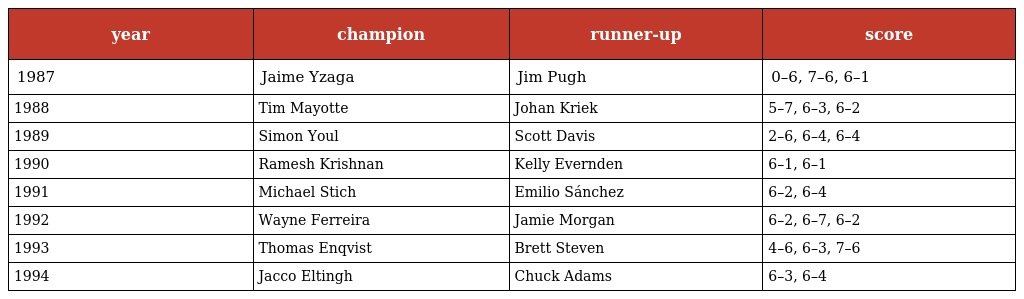
| year | champion | runner-up | score |
 | --- | --- | --- | --- |
 | 1987 | Jaime Yzaga | Jim Pugh | 0–6, 7–6, 6–1 |
 | 1988 | Tim Mayotte | Johan Kriek | 5–7, 6–3, 6–2 |
 | 1989 | Simon Youl | Scott Davis | 2–6, 6–4, 6–4 |
 | 1990 | Ramesh Krishnan | Kelly Evernden | 6–1, 6–1 |
 | 1991 | Michael Stich | Emilio Sánchez | 6–2, 6–4 |
 | 1992 | Wayne Ferreira | Jamie Morgan | 6–2, 6–7, 6–2 |
 | 1993 | Thomas Enqvist | Brett Steven | 4–6, 6–3, 7–6 |
 | 1994 | Jacco Eltingh | Chuck Adams | 6–3, 6–4 |